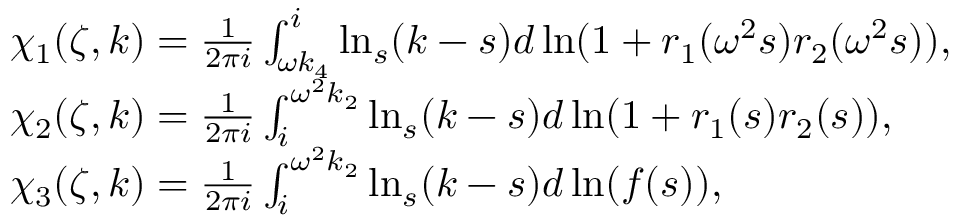
\begin{array} { r l } & { \chi _ { 1 } ( \zeta , k ) = \frac { 1 } { 2 \pi i } \int _ { \omega k _ { 4 } } ^ { i } \ln _ { s } ( k - s ) d \ln ( 1 + r _ { 1 } ( \omega ^ { 2 } s ) r _ { 2 } ( \omega ^ { 2 } s ) ) , } \\ & { \chi _ { 2 } ( \zeta , k ) = \frac { 1 } { 2 \pi i } \int _ { i } ^ { \omega ^ { 2 } k _ { 2 } } \ln _ { s } ( k - s ) d \ln ( 1 + r _ { 1 } ( s ) r _ { 2 } ( s ) ) , } \\ & { \chi _ { 3 } ( \zeta , k ) = \frac { 1 } { 2 \pi i } \int _ { i } ^ { \omega ^ { 2 } k _ { 2 } } \ln _ { s } ( k - s ) d \ln ( f ( s ) ) , } \end{array}